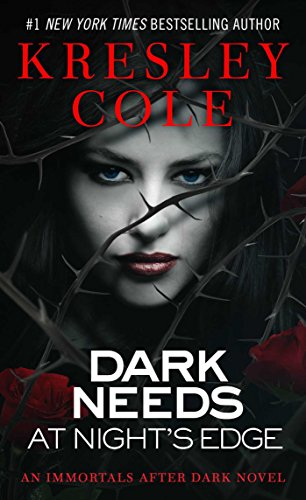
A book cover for Dark Needs at Night's Edge (Immortals After Dark, Book 4); Kresley Cole; Romance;